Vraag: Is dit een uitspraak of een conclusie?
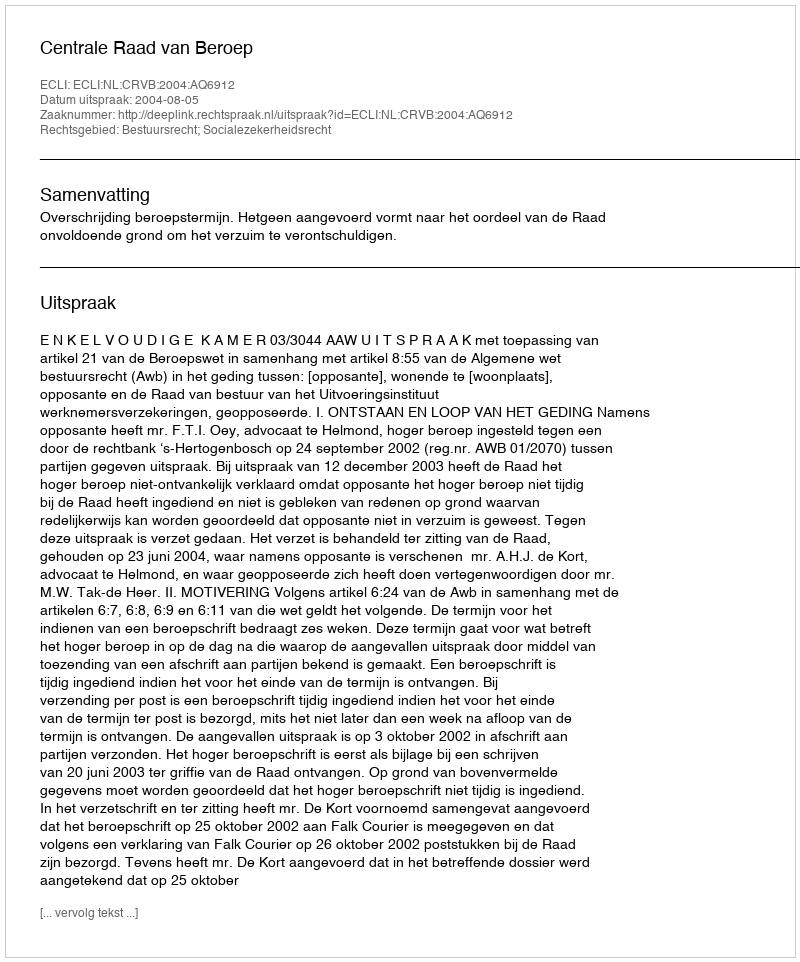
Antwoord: Uitspraak